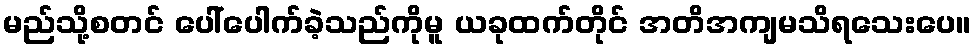
မည်သို့စတင် ပေါ်ပေါက်ခဲ့သည်ကိုမူ ယခုထက်တိုင် အတိအကျမသိရသေးပေ။